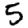
Digit: 5